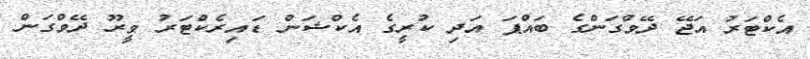
އެކްޓަރު އަޖޭ ދޭވްގަންގެ ބައްޕަ އަދި ކުރީގެ އެކްޝަން ޑައިރެކްޓަރު ވީރޫ ދޭވްގަން